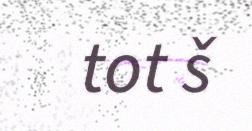
tot š